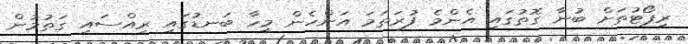
ރިޕޯޓުތަށް ބުނާ ގޮތުގައި އެންމެ ފުރަތަމަ އަންހެން މީހާ ބަނޑުގައި ރިއްސައި ގަތުމުން